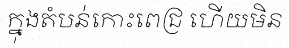
ក្នុងតំបន់កោះពេជ្រ ហើយមិន